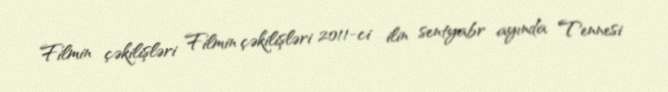
Filmin çəkilişləri Filmin çəkilişləri 2011-ci ilin sentyabr ayında Tennesi